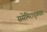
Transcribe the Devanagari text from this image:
ससेमिराचुकवत